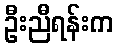
ဦးညီရန်းက